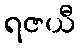
ရဇယီ